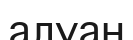
алуан